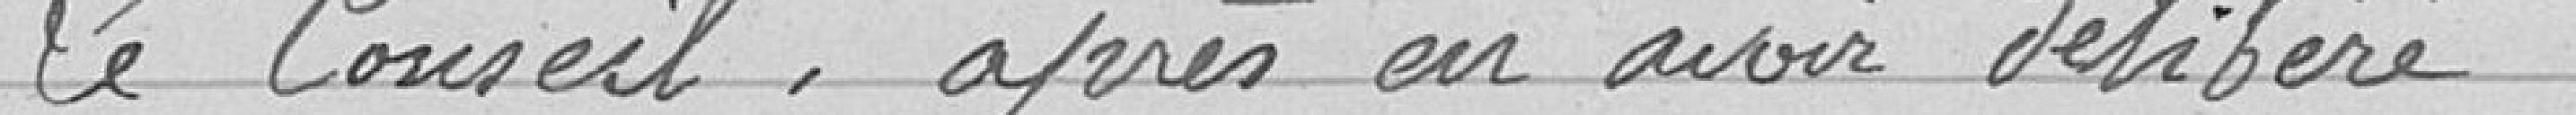
Le Conseil, après en avoir délibéré :